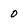
Character: 0